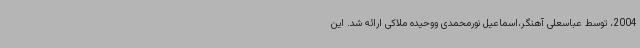
2004، توسط عباسعلی آهنگر،اسماعیل نورمحمدی ووحیده ملاکی ارائه شد. این